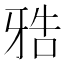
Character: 𰠤